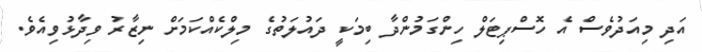
އަދި މިއަދުވެސް އެ ހޮސްޕިޓަލް ހިންގަމުންދާ ބިމަކީ ދައުލަތުގެ މިލްކެއްކަމަށް ނިޒާރު ވިދާޅުވިއެވެ.